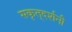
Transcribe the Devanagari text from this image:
सकृत्‌दर्शनी